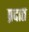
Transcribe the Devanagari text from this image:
प्रदात